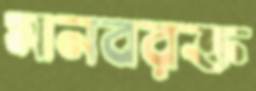
মানবরক্ত